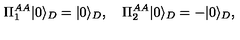
\Pi _ { 1 } ^ { A A } | 0 \rangle _ { D } = | 0 \rangle _ { D } , \quad \Pi _ { 2 } ^ { A A } | 0 \rangle _ { D } = - | 0 \rangle _ { D } , \quad